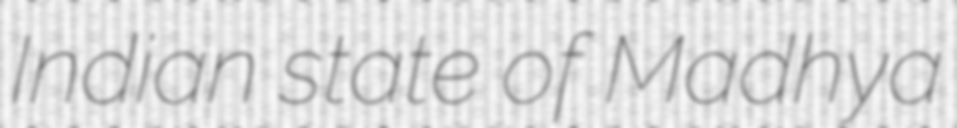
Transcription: Indian state of Madhya